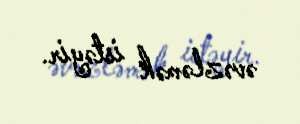
əvəzləmək istəyir.